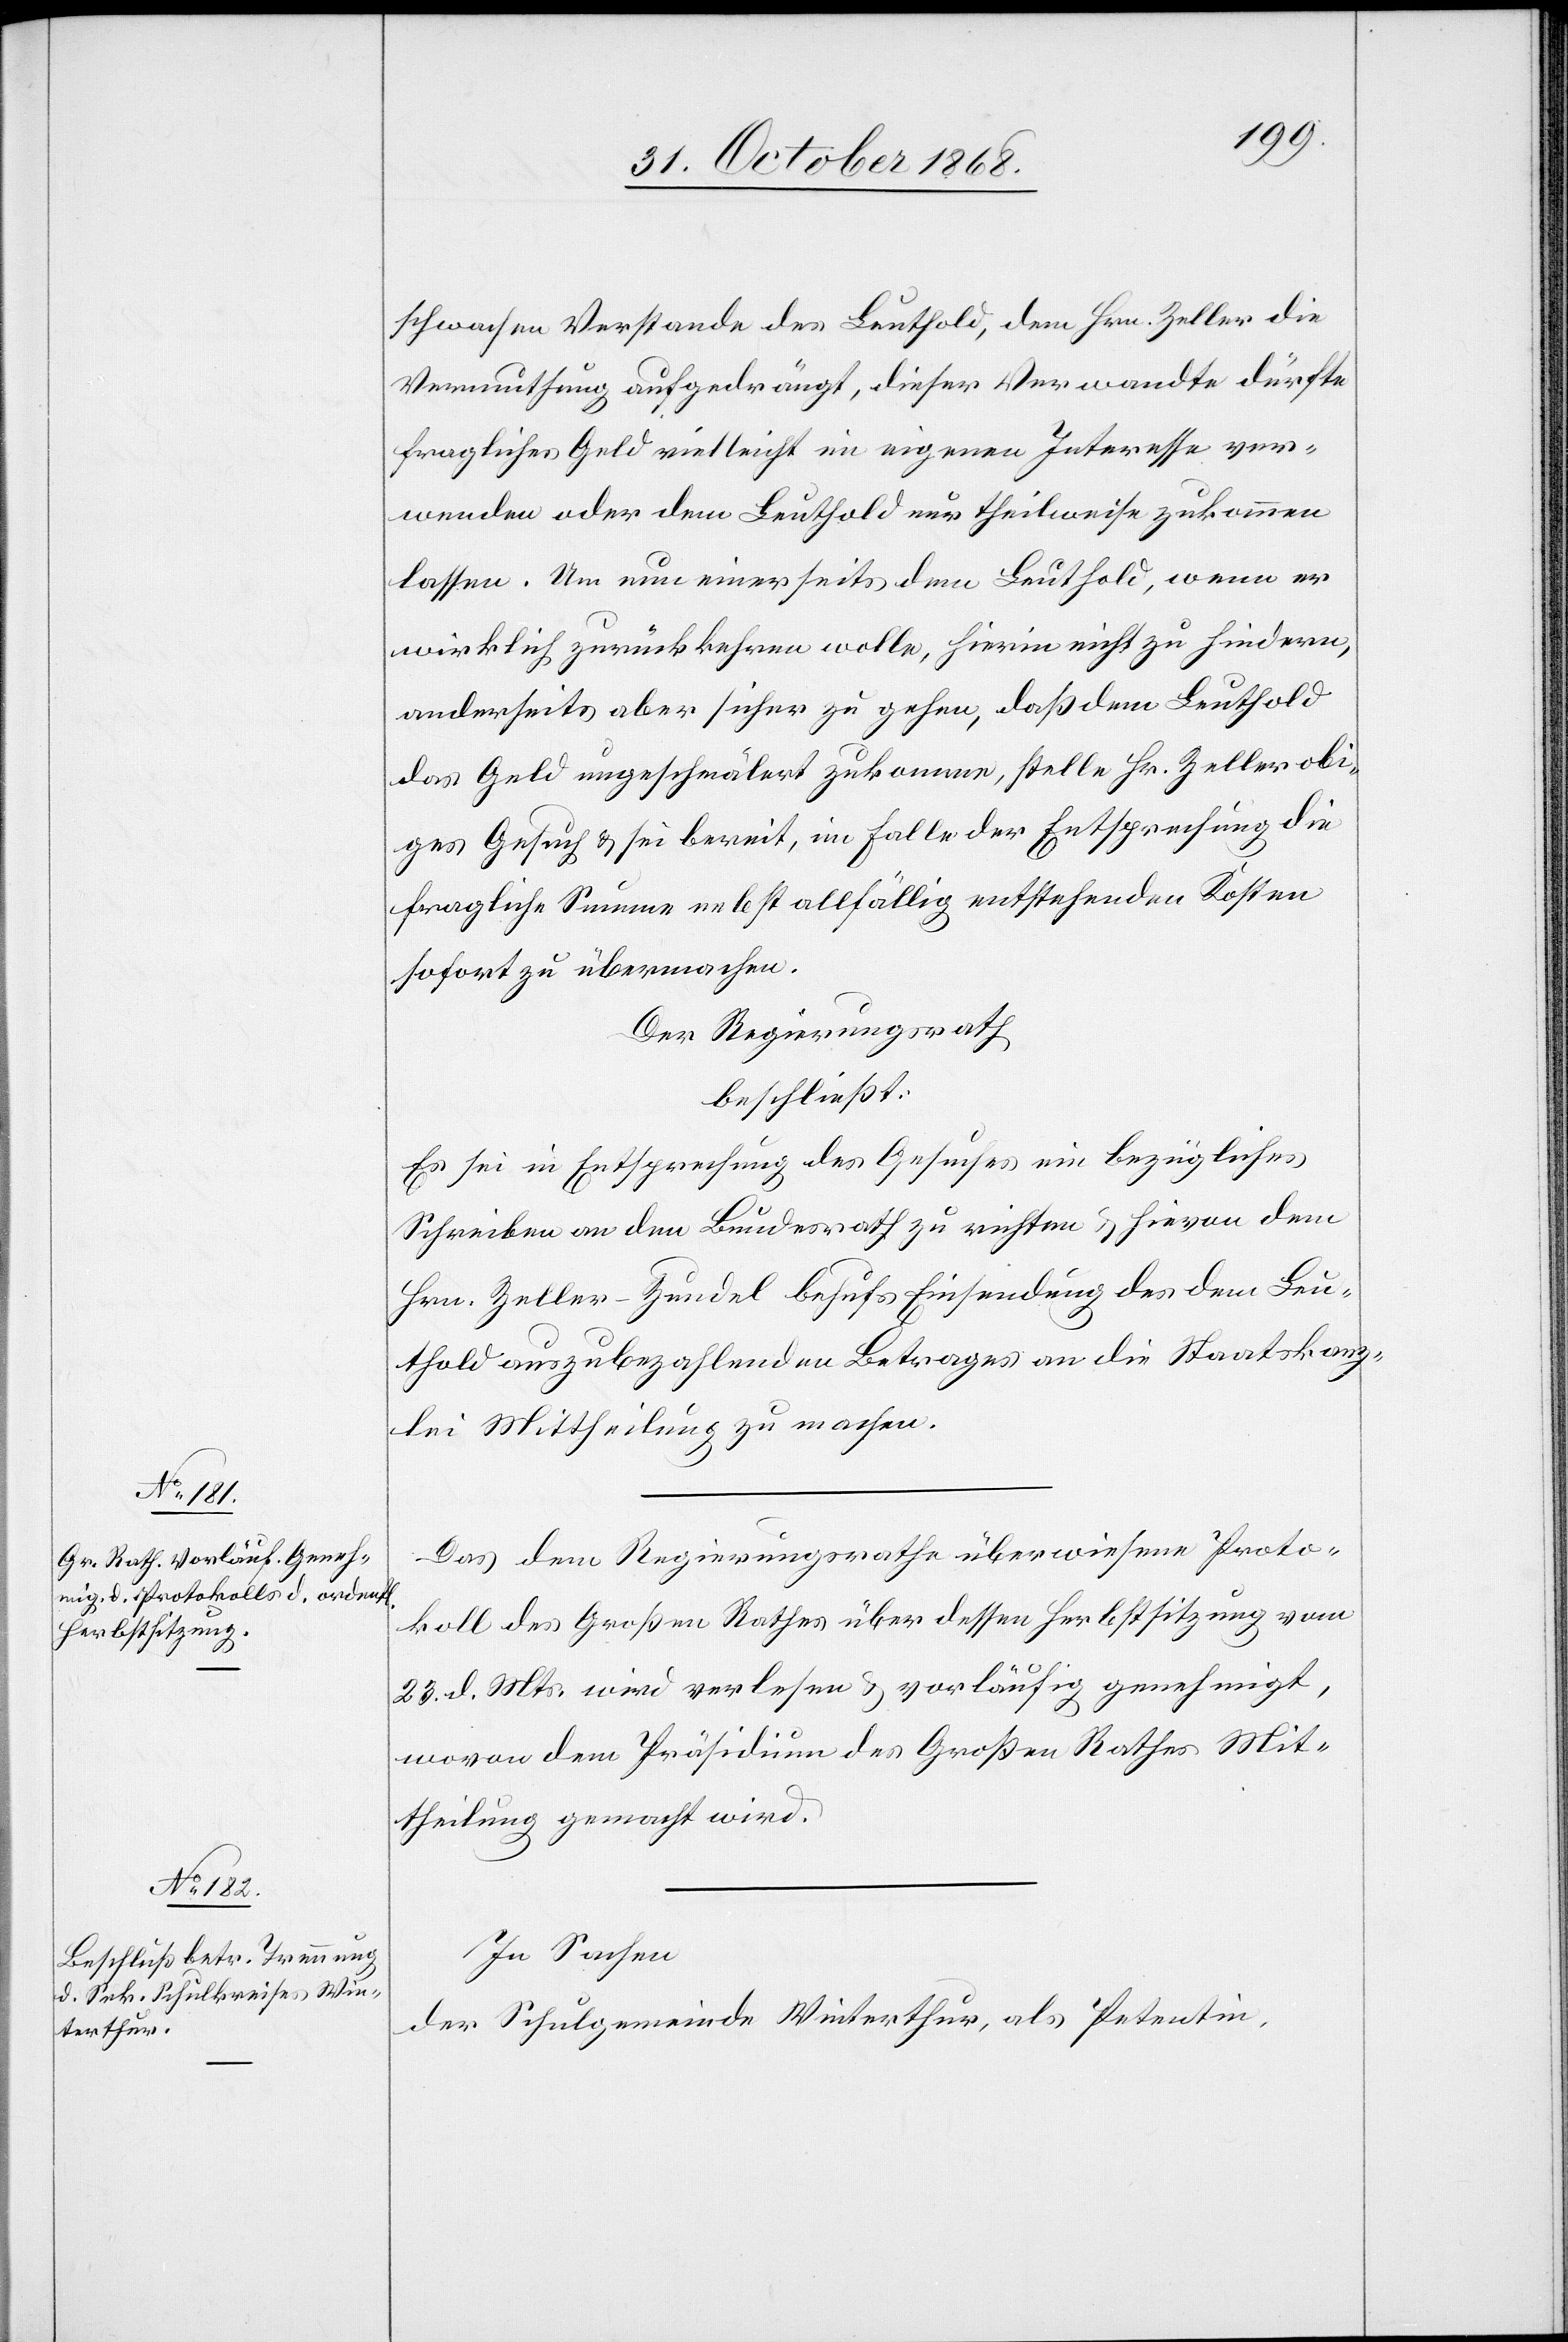
schwachen Verstande des Leuthold, dem Hrn. Zeller die
Vermuthung aufgedrängt, dieser Verwandte dürfte
fragliches Geld vielleicht im eigenen Interesse ver¬
wenden oder dem Leuthold nur theilweise zukommen
lassen. Um nun einerseits dem [recte: den] Leuthold, wenn er
wirklich zurückkehren wolle, hierin nicht zu hindern,
anderseits aber sicher zu gehen, daß dem Leuthold
das Geld ungeschmälert zukomme, stelle Hr. Zeller obi¬
ges Gesuch & sei bereit, im Falle der Entsprechung die
fragliche Summe nebst allfällig entstehenden Kosten
sofort zu übermachen.
Der Regierungsrath
beschließt:
Es sei in Entsprechung des Gesuches ein bezügliches
Schreiben an den Bundesrath zu richten & hievon dem
Hrn. Zeller-Zundel behufs Einsendung des dem Leu¬
thold auszubezahlenden Betrages an die Staatskanz¬
lei Mittheilung zu machen.
Das dem Regierungsrathe überwiesene Proto¬
koll des Großen Rathes über dessen Herbstsitzung vom
23. d. Mts. wird verlesen & vorläufig genehmigt,
wovon dem Präsidium des Großen Rathes Mit¬
theilung gemacht wird.
In Sachen
der Schulgemeinde Winterthur, als Petentin,